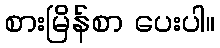
စားမြိန်စာ ပေးပါ။